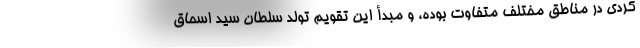
کردی در مناطق مختلف متفاوت بوده، و مبدأ این تقویم تولد سلطان سید اسحاق